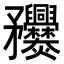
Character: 𥎤